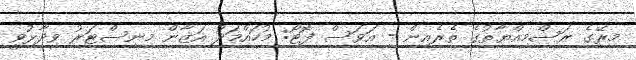
މިރޭގެ ރަސްމިއްޔާތުގެ ތެރެއިން - އަވަސް ފޮޓޯ: މުހައްމަދު އަޒާން މިނިސްޓަރު ވިދާޅުވީ